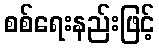
စစ်ရေးနည်းဖြင့်